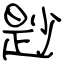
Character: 尟